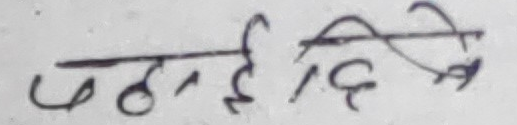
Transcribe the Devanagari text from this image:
महिदीप